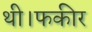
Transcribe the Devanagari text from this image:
थी।फकीर